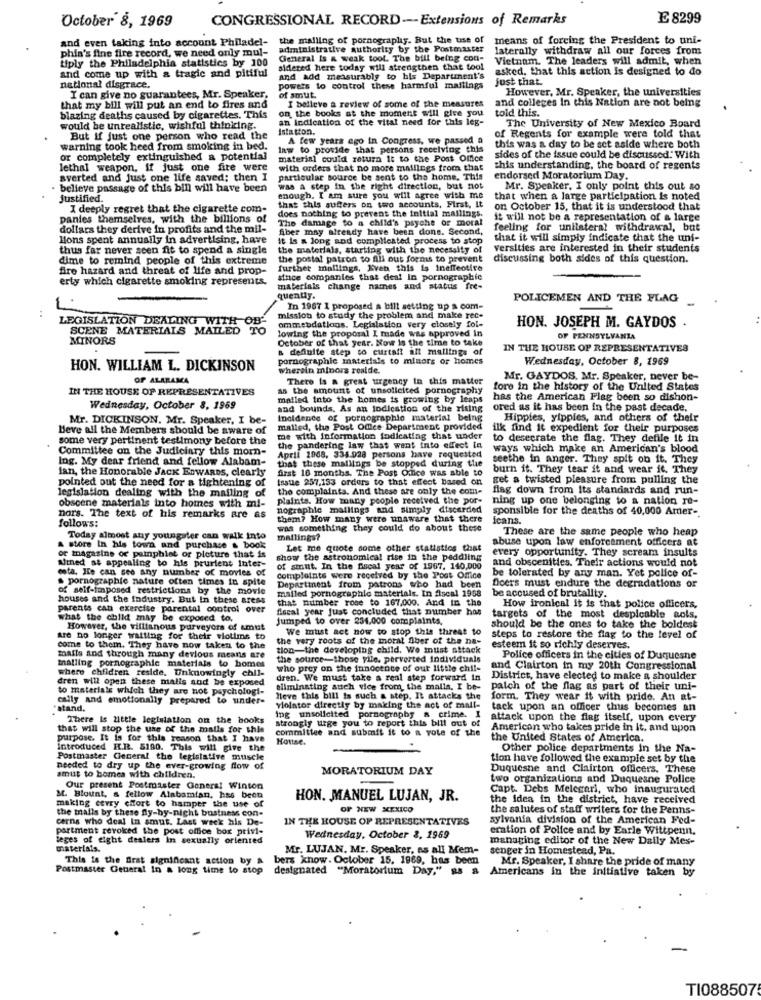
October 8, 1969
CONGRESSIONAL RECORD -- Extensions of Remarks
£ 8299
and even taking into account Philadel-
the malling of pornography. But the use of means of forcing the President to uni-
phia's fine fire record, we need only mul-
administrative authority by the Postmaster
laterally withdraw all our forces from
tiply the Philadelphia statistics by 100
General Is & weak tool. The bill being con-
Vietnam. The leaders will admit, when
sidered here today will strengthen that tool
asked. that this action is designed to do
and come up with a tragic and pitiful
and add measurably to his Department's
just that.
national disgrace.
powers to control these harmful mailings
However, Mr. Speaker, the universities
I can give no guarantees, Mr. Speaker,
of smut.
and colleges In this Nation are not being
that my bill will put an end to fires and
on the books at the moment will give you
I believe a review of some of the measures
told this.
blazing deaths caused by cigarettes. This
an indication of the vital need for this leg-
would be unrealistic, wishful thinking.
Istation.
of Regents for example were told that
The University of New Mexico Board
But If just one person who read the
A few years ago in Congress, we passed a
warning took heed from smoking in bed.
law to provide that persons receiving this
this was a day to be set aside where both
or completely extinguished a potential
material could return it to the Post Office
sides of the issue could be discussed. With
lethal weapon. If just one fire were
with orders that no more mailings from that
this understanding, the board of regents
averted and just one life saved; then I
particular source be sent to the home. This
endorsed Moratorium Day.
believe passage of this bill will have been
was a step in the right direction, but not
Mr. Speaker, I only point this out so
Justified.
enough. I am sure you will agree with me
that when a large participation is noted
I deeply regret that the cigarette com-
that this suffers on two accounts, First, It
does nothing to prevent the initial mailings.
on October 15, that it is understood that
pantes themselves, with the billions of
The damage to a child's psyche or moral
it will not be a representation of a large
dollars they derive in profits and the mil-
fiber may already have been done. Second,
feeling for unilateral withdrawal, but
Hons spent annually in advertising, have
It is a long and complicated process to stop
that it will simply indicate that the uni-
thus far never seen fit to spend a single
the materials, starting with the necessity of
versities are interested in their students
dime to remind people of this extreme
the postal patron to All out forms to prevent
discussing both sides of this question.
fire hazard and threat of life and prop-
further mallings, Even this is Ineffective
erty which cigarette smoking represents.
since companies that deal In pornographic
materials change names and status fre-
quentiy.
POLICEMEN AND THE FLAG
In 1967 1 proposed a bill setting up a com-
LEGISLATION DEALING WITH
mission to study the problem and make rec-
SCENE MATERIALS MAILED TO
lowing the proposal I made was approved in
ommebdations. Legislation very closely fol-
HON. JOSEPH M. GAYDOS .
MINORS
October of that year. Now Is the time to take
OF PENNSYLVANIA
a definite step to curtaft all mallings of
IN THE HOUSE OF REPRESENTATIVES
pornographie materials to minors or homes
Wednesday, October 8, 1969
HON. WILLIAM L. DICKINSON
wherein minors reside.
OF ALARAMA
There is a great urgency to this matter
Mr. GAYDOS, Mr. Speaker, never be-
IN THE HOUSE OF REPRESENTATIVES
as the amount of unsolicited pornography
fore in the history of the United States
malled Into the homes is growing by leaps
has the American Flag been so dishon-
Wednesday, October 8, 1969
and bounds. As an indication of the rising
ored as it has been in the past decade.
Mr. DICKINSON. Mr. Speaker, I be-
Incidence of pornographie material being
Hippies, yippies, and others of their
Beve all the Members should be aware of
malled, the Post Ofice Department provided
ilk find it expedient for their purposes
some very pertinent testimony before the
me with information fodicating that under
to desecrate the flag. They defile it in
Committee on the Judiciary this morn-
the pandering law that went into effect in
ways which make an American's blood
Ing. My dear friend and fellow Alabam-
April 1968, 334.928 persons have requested
that these mailings be stopped during the
seethe in anger. They spit on it. They
lan, the Honorable JACK EDWARDS, clearly
first 16 months. The Post Office was able to
burn it. They tear it and wear it. They
pointed out the need for a tightening of
Issue 257.153 orders to that effect based on
get a twisted pleasure from pulling the
the complaints. And these are only the com-
flag down from its standards and run-
legislation dealing with the mailing of
plaints. How many people received the por-
ning up one belonging to a nation re-
obscene materials into homes with mi-
nographie mailings and simply discarded
sponsible for the deaths of 40,000 Arder-
nors. The text of his remarks are as
follows:
them? How many were unaware that there
icans.
was something they could do about these
These are the same people who heap
Today almost any youngster can walk into
mailings?
abuse upon law enforcement officers at
A store In his towa and purchase & book
Let me quote some other statistics that
every opportunity. They scream insults
or magasine of pamphlet or pleture that is
ulmned st appealing to his prurient Inter-
show the astronomical rise in the peddling
and obscenities. Their actions would not
esta. He can see any number of movies of
of smut. In the fiscal year of 1967. 140,000
s pornographie nature often times in spite
complaints were received by the Post Office
be tolerated by any man. Yet police of-
of self-imposed restrictions by the movie
Department from patrons who had been
mailed pornographie materials. In Ascal 1958
Doers must endure the degradations or
be accused of brutality.
houses and the industry. But In these areas
that number rose to 167,000. And in the
parents can exercise parental control over
fiscal year just concluded that number hos
How ironical it is that police officers,
what the child may be exposed to.
Jumped to over 234.000 complaints.
targets of the most despicable sols,
However, the villianous purveyors of amust
We must act now to stop this threat to
should be the ones to take the boldest
are no longer waiting for their vlotims to
the very roots of the moral Aber of the na-
steps to restore the flag to the level of
come to them. They have now taken to the
tion-the developing child. We must attack
esteem it so richly deserves.
mails and through many derlous means are
the source-those ylle. perverted individuals
Police officers in the cities of Duquesne
malling pornographic materials to homes
where chfidren reside. Unknowingly chil-
who prey on the innocence of our little chil-
and Clairton in my 20th Congressional
dren will open these malis and be exposed
dren. We must take a real step forward in
District, have elected to make a shoulder
to materials which they are not psychologi-
eliminating auch vice from the malls. I be-
paich of the flag as part of their uni-
cally and emotionally prepared to under-
Neve this bill ta such a step. It attacks the
form. They wear it with pride. An at-
stand.
Violator directly by making the act of mall-
tack upon an officer thus becomes an
There Is little legislation on the books
strongly urge you to report this bill out of
ing unsolicited pornography a crime. I
attack upon the flag itself, upon every
that will stop the use of the malls for this
committee and submit it to a yote of the
American who takes pride in It, and upon
purpose. It is for this reason that I have
Hotise.
the United States of America.
Introduced H.R. 5190. This will give the
Other police departments in the Na-
Postmaster General the legislative muscle
tion have followed the example set by the
needed to dry up the ever-growing flow of
MORATORIUM DAY
Duquesne and Clairton officers. These
amut to bomes with children.
two organizations and Duquesne Police
Our present Postmaster General Winton
Capt. Debs Melegari, who inaugurated
M. Blount, a fellow Alabamian, has been
making cevry chort to hamper the use of
HON. MANUEL LUJAN, JR.
the idea in the district, have received
the malls by these fly-by-night business con-
OF NEW XEXICO
the salutes of staff writers for the Penns-
cerns who deal In smut. Last week his De-
IN THE HOUSE OF REPRESENTATIVES
sylvania division of the American Fed-
partment revoked the post office box privi-
eration of Police and by Earle Wittpenn.
leges of eight dealers in sexually oriented
Wednesday, October 2, 1969
managing editor of the New Daily Mes-
materials.
Mr. LUJAN. Mr. Speaker, as all Mem-
senger in Homestead, Pa.
This is the first significant action by &
bers know. October 15. 1969, has been
Mr. Speaker, I share the pride of many
Postmaster General In a long time to stop
designated "Moratorium Day," RS &
Americans in the initiative taken by
TI088507